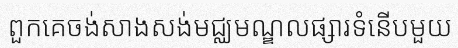
ពួកគេចង់សាងសង់មជ្ឈមណ្ឌលផ្សារទំនើបមួយ